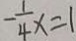
- \frac { 1 } { 4 } x = 1